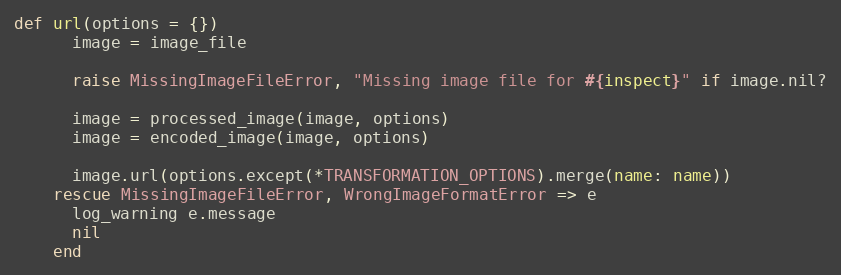
Language: Ruby
def url(options = {})
      image = image_file

      raise MissingImageFileError, "Missing image file for #{inspect}" if image.nil?

      image = processed_image(image, options)
      image = encoded_image(image, options)

      image.url(options.except(*TRANSFORMATION_OPTIONS).merge(name: name))
    rescue MissingImageFileError, WrongImageFormatError => e
      log_warning e.message
      nil
    end